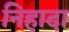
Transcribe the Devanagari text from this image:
निहादा